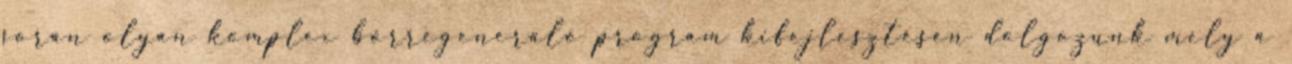
során olyan komplex bőrregeneráló program kifejlesztésén dolgozunk mely a